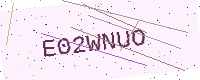
Text: E02WNUO